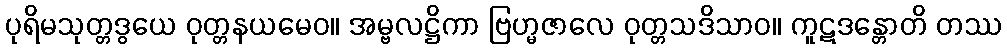
ပုရိမသုတ္တဒွယေ ဝုတ္တနယမေဝ။ အမ္ဗလဋ္ဌိကာ ဗြဟ္မဇာလေ ဝုတ္တသဒိသာဝ။ ကူဋဒန္တောတိ တဿ